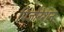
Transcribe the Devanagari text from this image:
पिजोरेशन